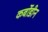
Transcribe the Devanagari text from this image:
कर्बोडीन